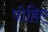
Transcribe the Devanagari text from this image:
पोहिए